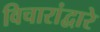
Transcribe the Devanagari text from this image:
विचारांद्वारे